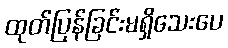
ထုတ်ပြန်ခြင်းမရှိသေးပေ